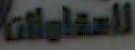
للمقاولات